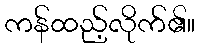
ကန်ထည့်လိုက်၏။